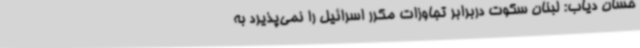
حسان دیاب: لبنان سکوت دربرابر تجاوزات مکرر اسرائیل را نمی‌پذیرد به